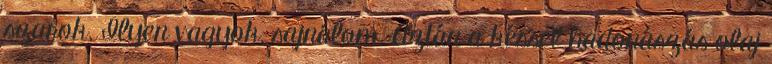
szarok. Ilyen vagyok, sajnálom. Aztán a késsel hadonászás olaj